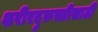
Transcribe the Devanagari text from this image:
शरीरदुरुस्तीसाठी